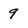
Character: 9